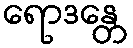
ရောဒန္တေ